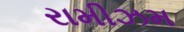
રામીઝમ